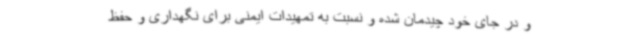
و در جای خود چیدمان شده و نسبت به تمهیدات ایمنی برای نگهداری و حفظ